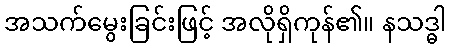
အသက်မွေးခြင်းဖြင့် အလိုရှိကုန်၏။ နသဒ္ဓါ